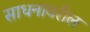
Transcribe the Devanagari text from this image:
साधनांवरील